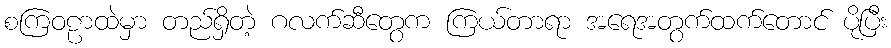
စကြဝဠာထဲမှာ တည်ရှိတဲ့ ဂလက်ဆီတွေက ကြယ်တာရာ အရေအတွက်ထက်တောင် ပိုပြီး